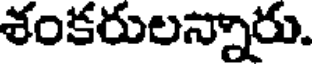
శంకరులన్నారు.